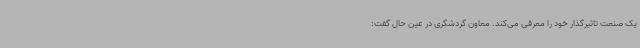
یک صنعت تاثیرگذار خود را معرفی می‌کند. معاون گردشگری در عین حال گفت: